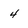
Character: 4